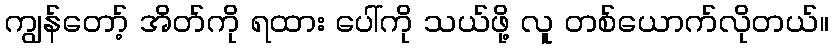
ကျွန်တော့် အိတ်ကို ရထား ပေါ်ကို သယ်ဖို့ လူ တစ်ယောက်လိုတယ်။